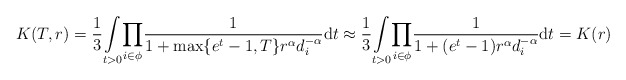
\begin{align*}K(T,r)=\frac{1}{3}\underset{t>0}\int \underset{i \in \phi}\prod\frac{1}{1+\max\{e^t-1,T\}r^\alpha d_i^{-\alpha}}\mathrm{d}t\approx \frac{1}{3}\underset{t>0}\int \underset{i \in \phi}\prod\frac{1}{1+(e^t-1)r^\alpha d_i^{-\alpha}}\mathrm{d}t=K(r)\end{align*}